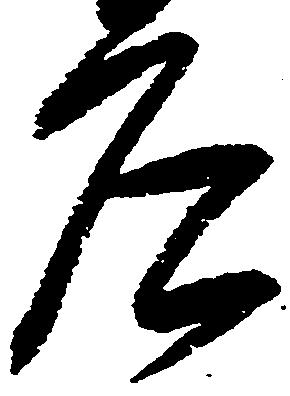
庄